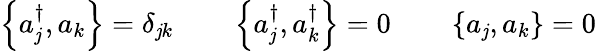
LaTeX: \left\{ a_{\mathit{j}}^{\dagger},a_{k}\right\} =\delta_{\mathit{j}k}\qquad\left\{ a_{\mathit{j}}^{\dagger},a_{k}^{\dagger}\right\} =0\qquad\left\{ a_{\mathit{j}},a_{k}\right\} =0